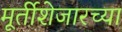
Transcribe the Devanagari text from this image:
मूर्तीशेजारच्या